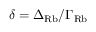
\delta = \Delta _ { \mathrm { R b } } / \Gamma _ { \mathrm { R b } }